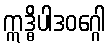
ဣဒ္ဓိပါဒဝဂ္ဂေါ